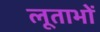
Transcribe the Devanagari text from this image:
लूताभों